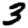
Digit: 3